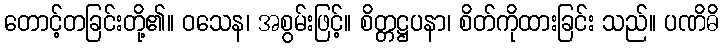
တောင့်တခြင်းတို့၏။ ဝသေန၊ အစွမ်းဖြင့်။ စိတ္တဋ္ဌပနာ၊ စိတ်ကိုထားခြင်း သည်။ ပဏိဓိ